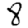
Digit: 8